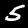
Digit: 5